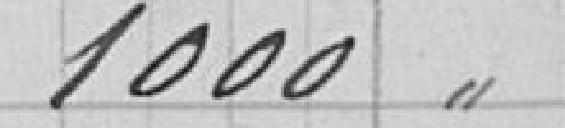
1000